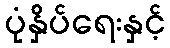
ပုံနှိပ်ရေးနှင့်